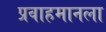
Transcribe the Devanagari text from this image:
प्रवाहमानला